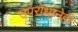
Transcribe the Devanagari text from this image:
उपरोधानेही